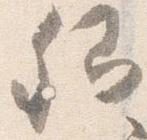
卿